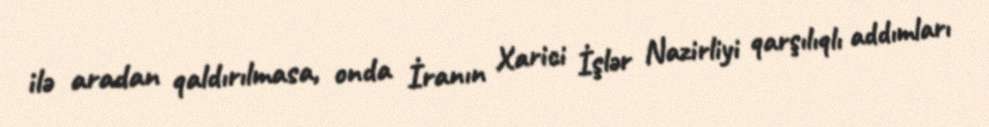
ilə aradan qaldırılmasa, onda İranın Xarici İşlər Nazirliyi qarşılıqlı addımları